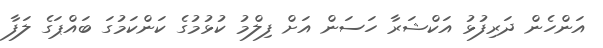
އަންހެން ދަރިފުޅު އަކްޝަރާ ހަސަން އަށް ފިލްމު ކުޅުމުގެ ކަންކަމުގަ ބައްޕަގެ ލަފާ